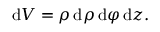
\mathrm { d } V = \rho \, \mathrm { d } \rho \, \mathrm { d } \varphi \, \mathrm { d } z .